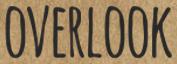
OVERLOOK